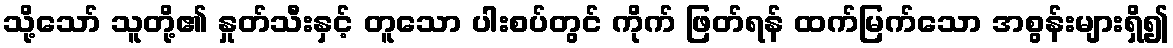
သို့သော် သူတို့၏ နှုတ်သီးနှင့် တူသော ပါးစပ်တွင် ကိုက် ဖြတ်ရန် ထက်မြက်သော အစွန်းများရှိ၍